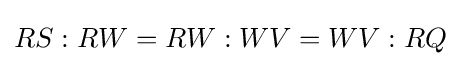
RS:RW=RW:WV=WV:RQ